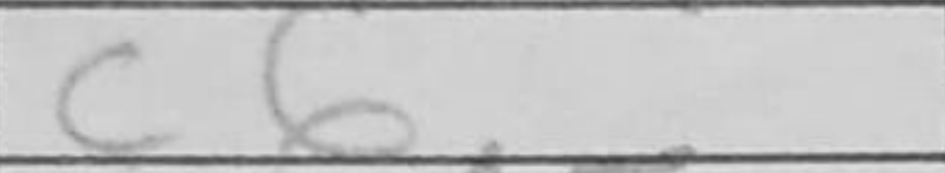
Transcription: c6